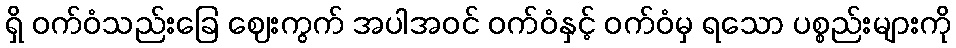
ရှိ ဝက်ဝံသည်းခြေ ဈေးကွက် အပါအဝင် ဝက်ဝံနှင့် ဝက်ဝံမှ ရသော ပစ္စည်းများကို